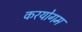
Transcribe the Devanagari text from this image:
करयोगम